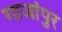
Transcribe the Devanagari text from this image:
गाजांपुर